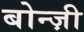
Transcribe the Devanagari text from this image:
बोन्ज़ी